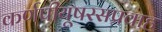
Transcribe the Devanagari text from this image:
कर्णपीयूषरसप्रवाह